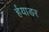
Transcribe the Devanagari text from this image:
र्हयाडर